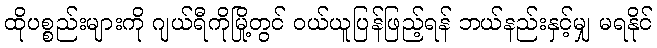
ထိုပစ္စည်းများကို ဂျယ်ရီကိုမြို့တွင် ဝယ်ယူပြန်ဖြည့်ရန် ဘယ်နည်းနှင့်မျှ မရနိုင်